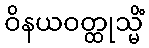
ဝိနယဝတ္ထုသ္မိံ